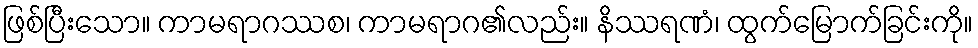
ဖြစ်ပြီးသော။ ကာမရာဂဿစ၊ ကာမရာဂ၏လည်း။ နိဿရဏံ၊ ထွက်မြောက်ခြင်းကို။